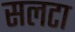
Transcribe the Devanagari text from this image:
सलटा